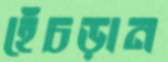
হেঁচড়ান